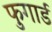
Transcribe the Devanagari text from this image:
फुगार्ड